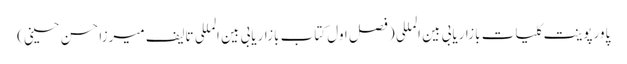
پاورپوینت کلیات بازاریابی بین المللی (فصل اول کتاب بازاریابی بین المللی تالیف میرزا حسن حسینی)